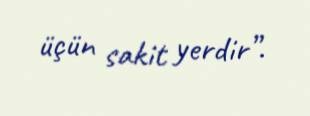
üçün sakit yerdir”.